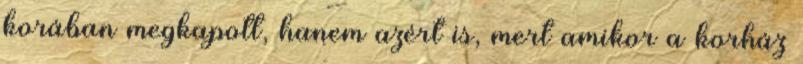
korában megkapott, hanem azért is, mert amikor a korház